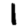
Digit: 1